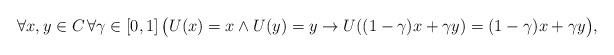
LaTeX: \begin{align*}\forall x,y \in C\, \forall \gamma \in [0,1] \,\big(U(x) = x \wedge U(y) = y \to U((1-\gamma) x + \gamma y) = (1-\gamma) x + \gamma y \big),\end{align*}